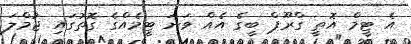
އެ ޓީމް އޮތީ ގްރޫޕް ބީގެ އެއް ވަނަ ޓީމެއްގެ ގޮތުގައި ޖުމްލަ